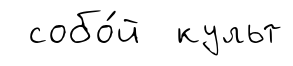
собо́й культ